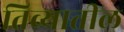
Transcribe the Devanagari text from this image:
तिव्यातील